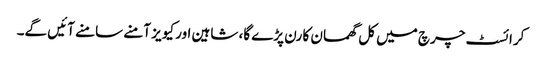
کرائسٹ چرچ میں کل گھمسان کا رن پڑے گا، شاہین اور کیویز آمنے سامنے آئیں گے۔